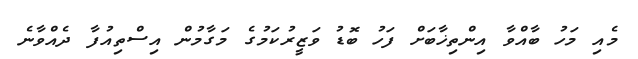
މެއި މަހު ބާއްވާ އިންތިޚާބަށް ފަހު ބޮޑު ވަޒީރުކަމުގެ މަގާމުން އިސްތިއުފާ ދެއްވާނެ